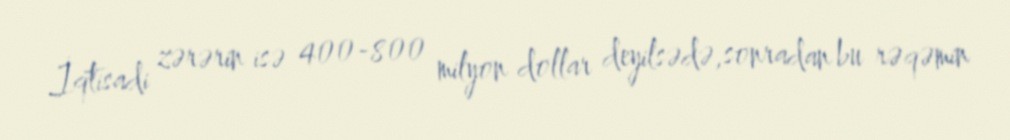
İqtisadi zərərin isə 400-800 milyon dollar deyilsədə,sonradan bu rəqəmin